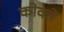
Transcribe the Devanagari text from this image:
कोकरे